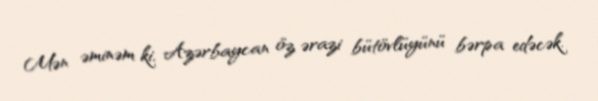
Mən əminəm ki, Azərbaycan öz ərazi bütövlüyünü bərpa edəcək.